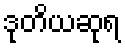
ဒုတိယဆုရ